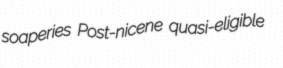
soaperies Post-nicene quasi-eligible